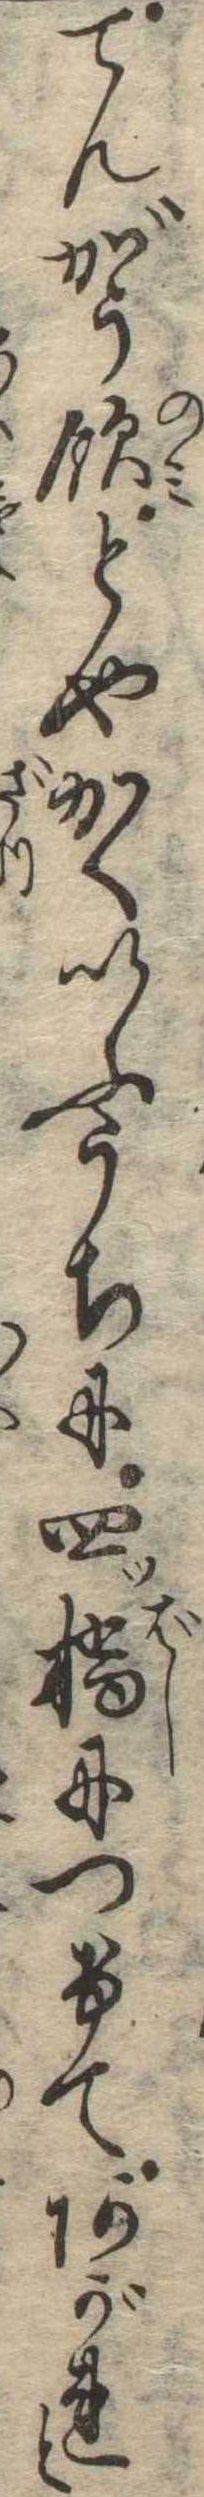
てんがう飲とやかくいふうちに四ツ橋につけてあがれと